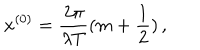
x ^ { ( 0 ) } = \frac { 2 \pi } { \lambda T } ( m + \frac { 1 } { 2 } ) \, , \nonumber